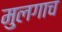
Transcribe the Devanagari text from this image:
मुलगाच